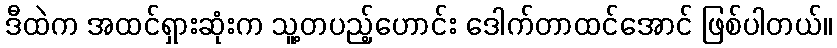
ဒီထဲက အထင်ရှားဆုံးက သူ့တပည့်ဟောင်း ဒေါက်တာထင်အောင် ဖြစ်ပါတယ်။